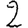
Digit: 2